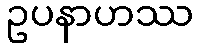
ဥပနာဟဿ